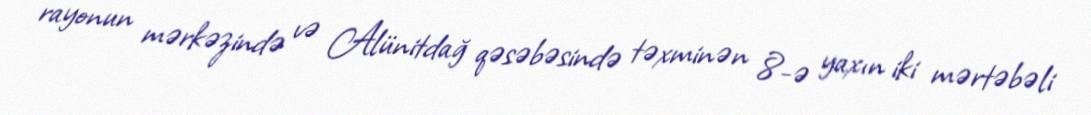
rayonun mərkəzində və Alünitdağ qəsəbəsində təxminən 8-ə yaxın iki mərtəbəli